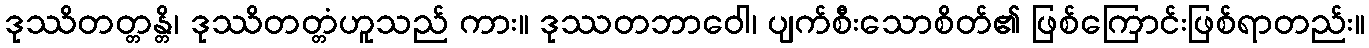
ဒုဿိတတ္တန္တိ၊ ဒုဿိတတ္တံဟူသည် ကား။ ဒုဿတဘာဝေါ၊ ပျက်စီးသောစိတ်၏ ဖြစ်ကြောင်းဖြစ်ရာတည်း။